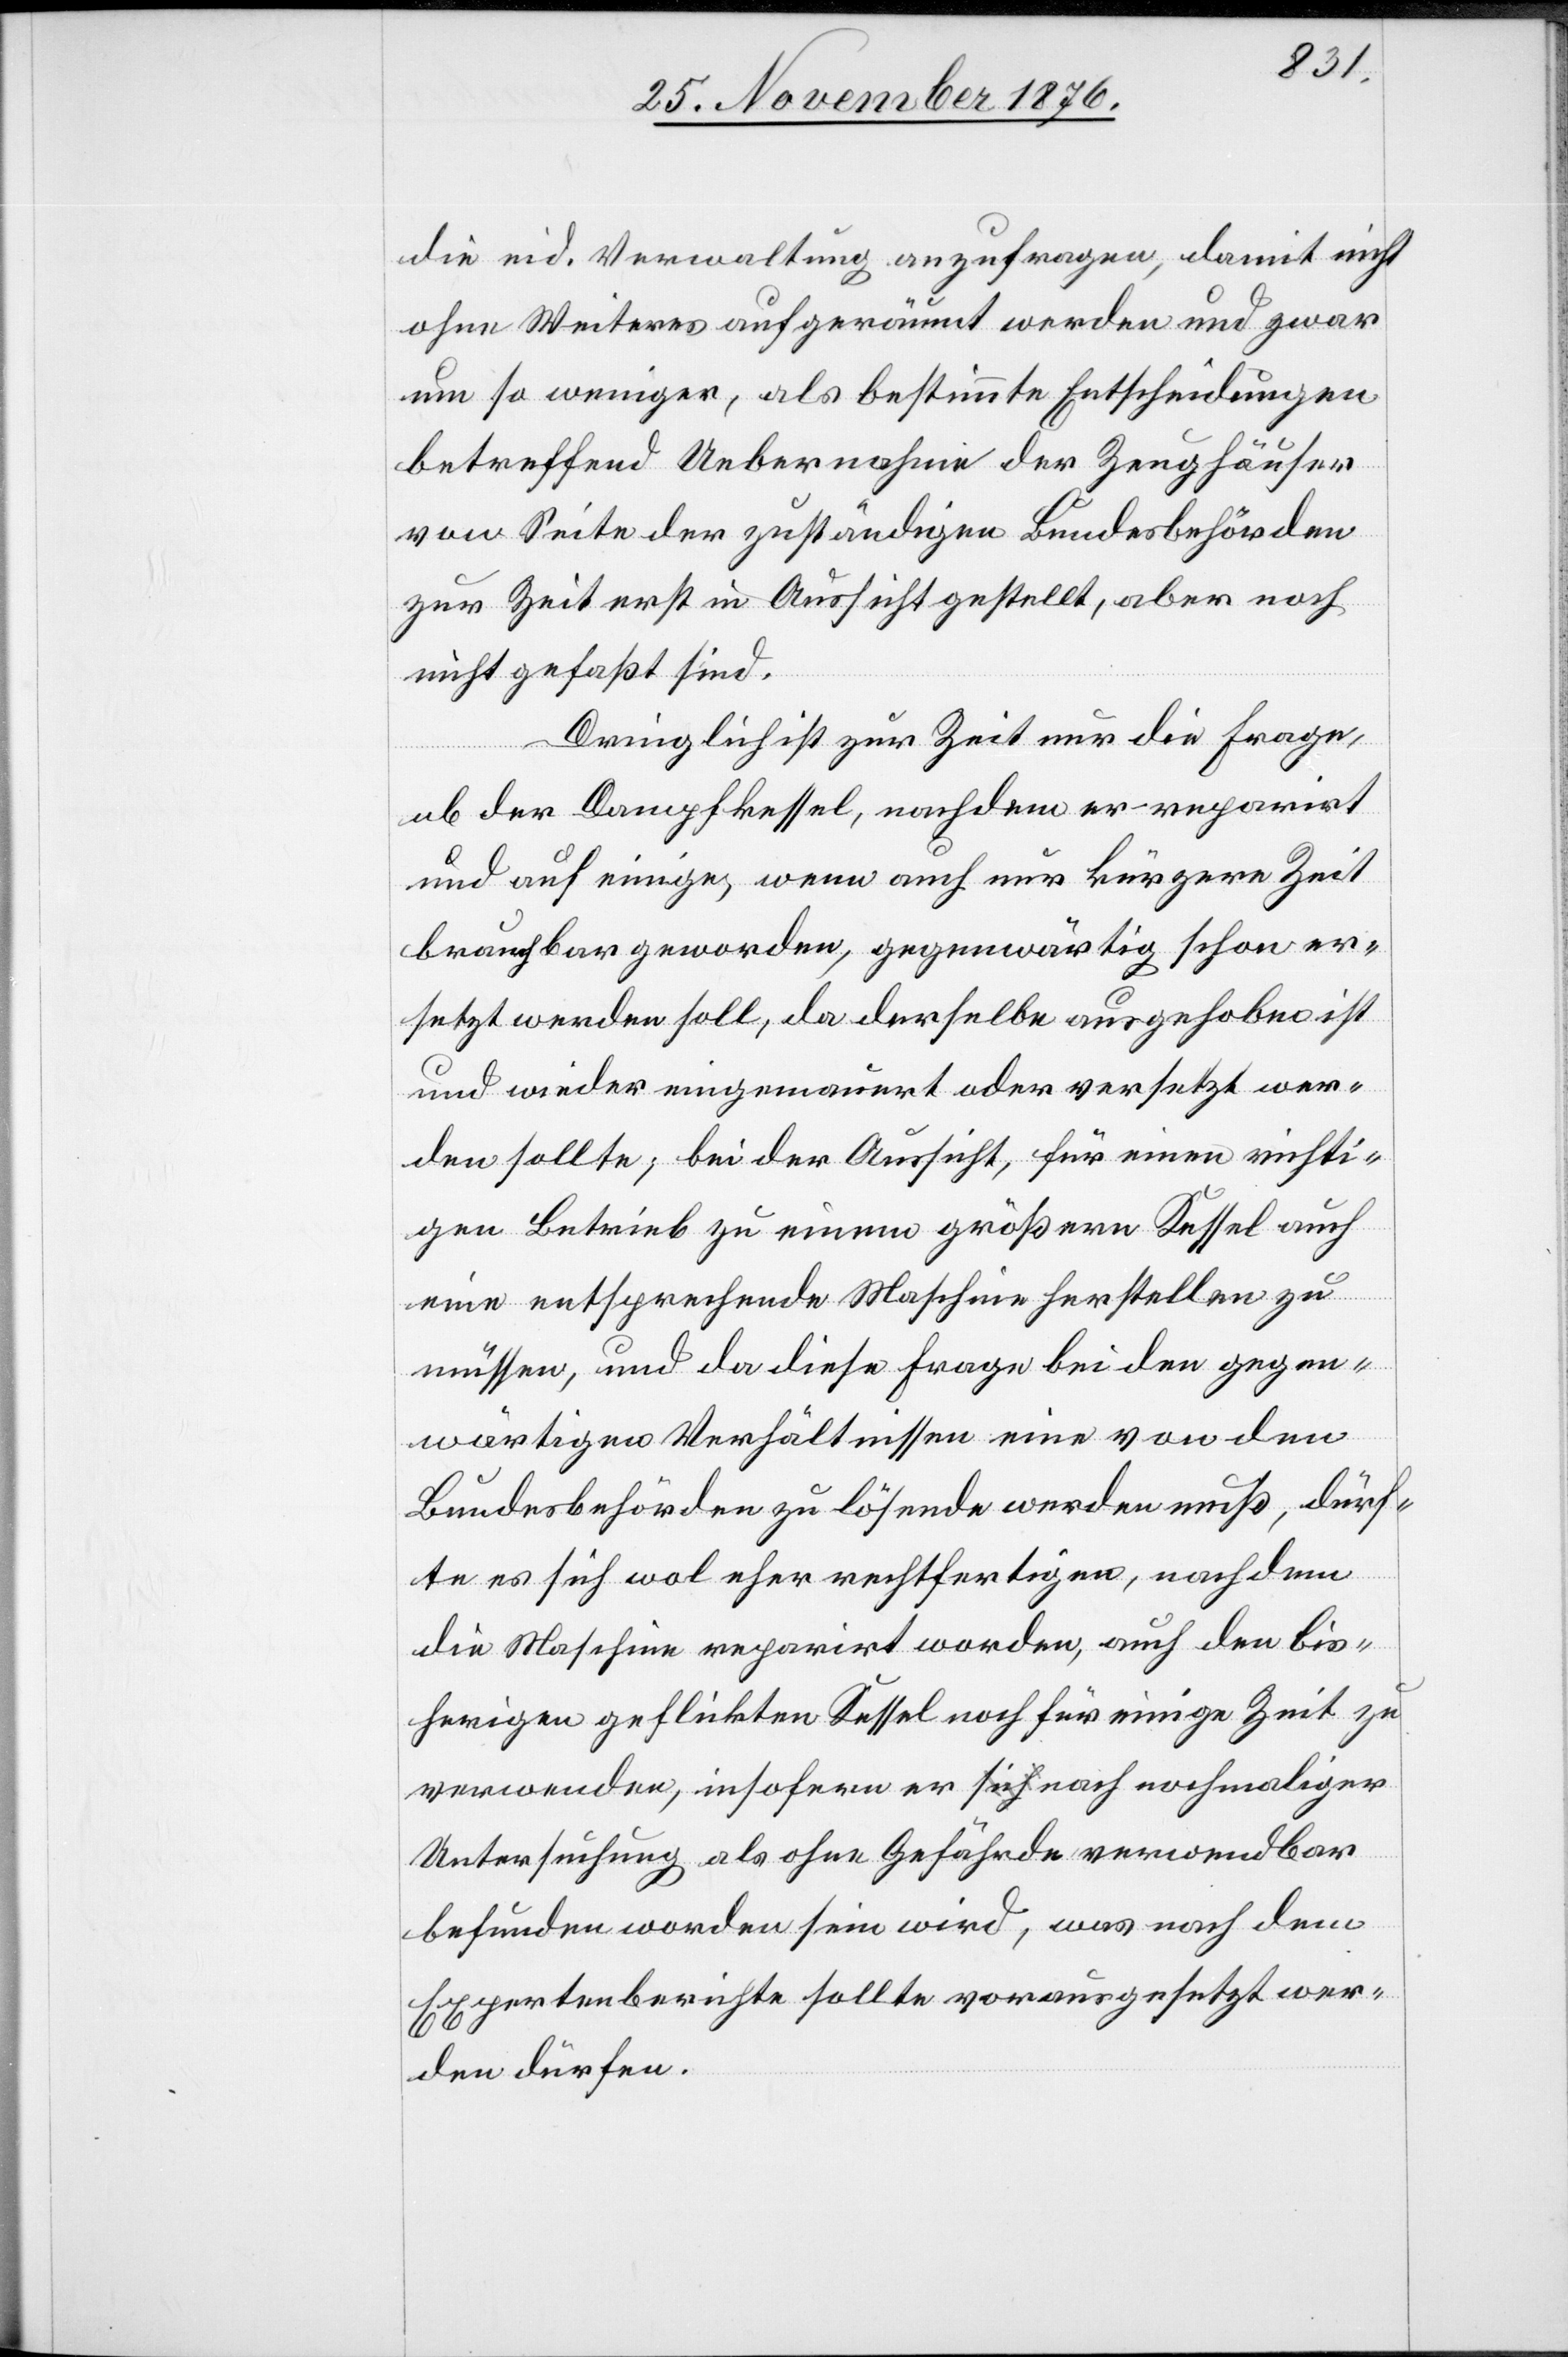
die eid. Verwaltung anzufragen, damit nicht
ohne Weiteres aufgeräumt werde und zwar
um so weniger, als bestimmte Entscheidungen
betreffend Uebernahme der Zeughäuser
von Seite der zuständigen Bundesbehörden
zur Zeit erst in Aussicht gestellt, aber noch
nicht gefaßt sind.
Dringlich ist zur Zeit nur die Frage,
ob der Dampfkessel, nachdem er reparirt
und auf einige, wenn auch nur kürzere Zeit
brauchbar geworden, gegenwärtig schon er¬
setzt werden soll, da derselbe ausgehoben ist
und wieder eingeräumt oder versetzt wer¬
den sollte; bei der Aussicht, für einen richti¬
gen Betrieb zu einem größern Kessel auch
eine entsprechende Maschine herstellen zu
müssen, und da diese Frage bei den gegen¬
wärtigen Verhältnissen eine von den
Bundesbehörden zu lösende werden muß, dürf¬
te es sich wol eher rechtfertigen, nachdem
die Maschine reparirt worden, auch den bis¬
herigen geflickten Kessel noch für einige Zeit zu
verwenden, insofern er nach nochmaliger
Untersuchung als ohne Gefährde verwendbar
befunden worden sein wird, was nach dem
Expertenberichte sollte vorausgesetzt wer¬
den dürfen.